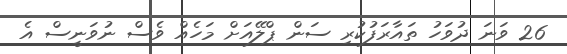
26 ވަނަ ދުވަހު ތައާރަފުކުރި ސަން ޕްލޭއަށް މަހެއް ވެސް ނުވަނީސް އެ